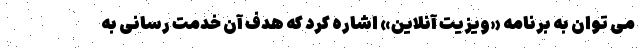
می توان به برنامه «ویزیت آنلاین» اشاره کرد که هدف آن خدمت رسانی به